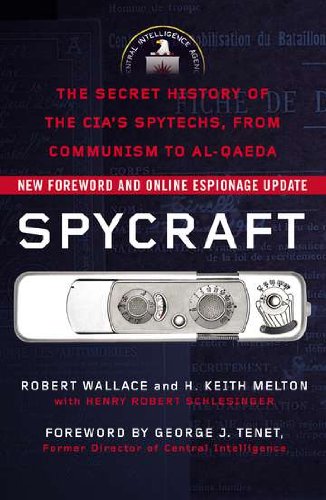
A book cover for Spycraft: The Secret History of the CIA's Spytechs, from Communism to Al-Qaeda; Robert Wallace; History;